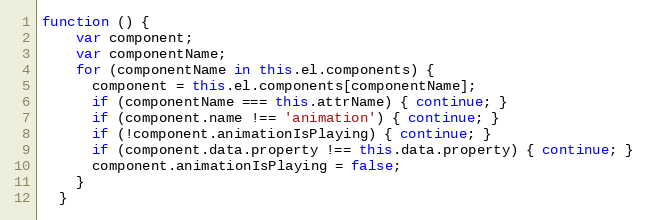
Language: JavaScript
function () {
    var component;
    var componentName;
    for (componentName in this.el.components) {
      component = this.el.components[componentName];
      if (componentName === this.attrName) { continue; }
      if (component.name !== 'animation') { continue; }
      if (!component.animationIsPlaying) { continue; }
      if (component.data.property !== this.data.property) { continue; }
      component.animationIsPlaying = false;
    }
  }